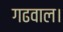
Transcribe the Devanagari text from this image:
गढवाल।